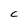
Character: C